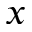
x